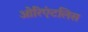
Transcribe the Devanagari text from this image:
ओरिएंटलिस